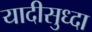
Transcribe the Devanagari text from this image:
यादीसुध्दा